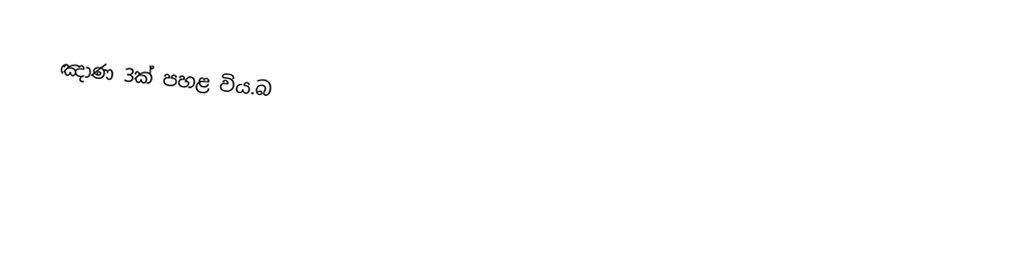
ඤාණ 3ක් පහළ විය.බ